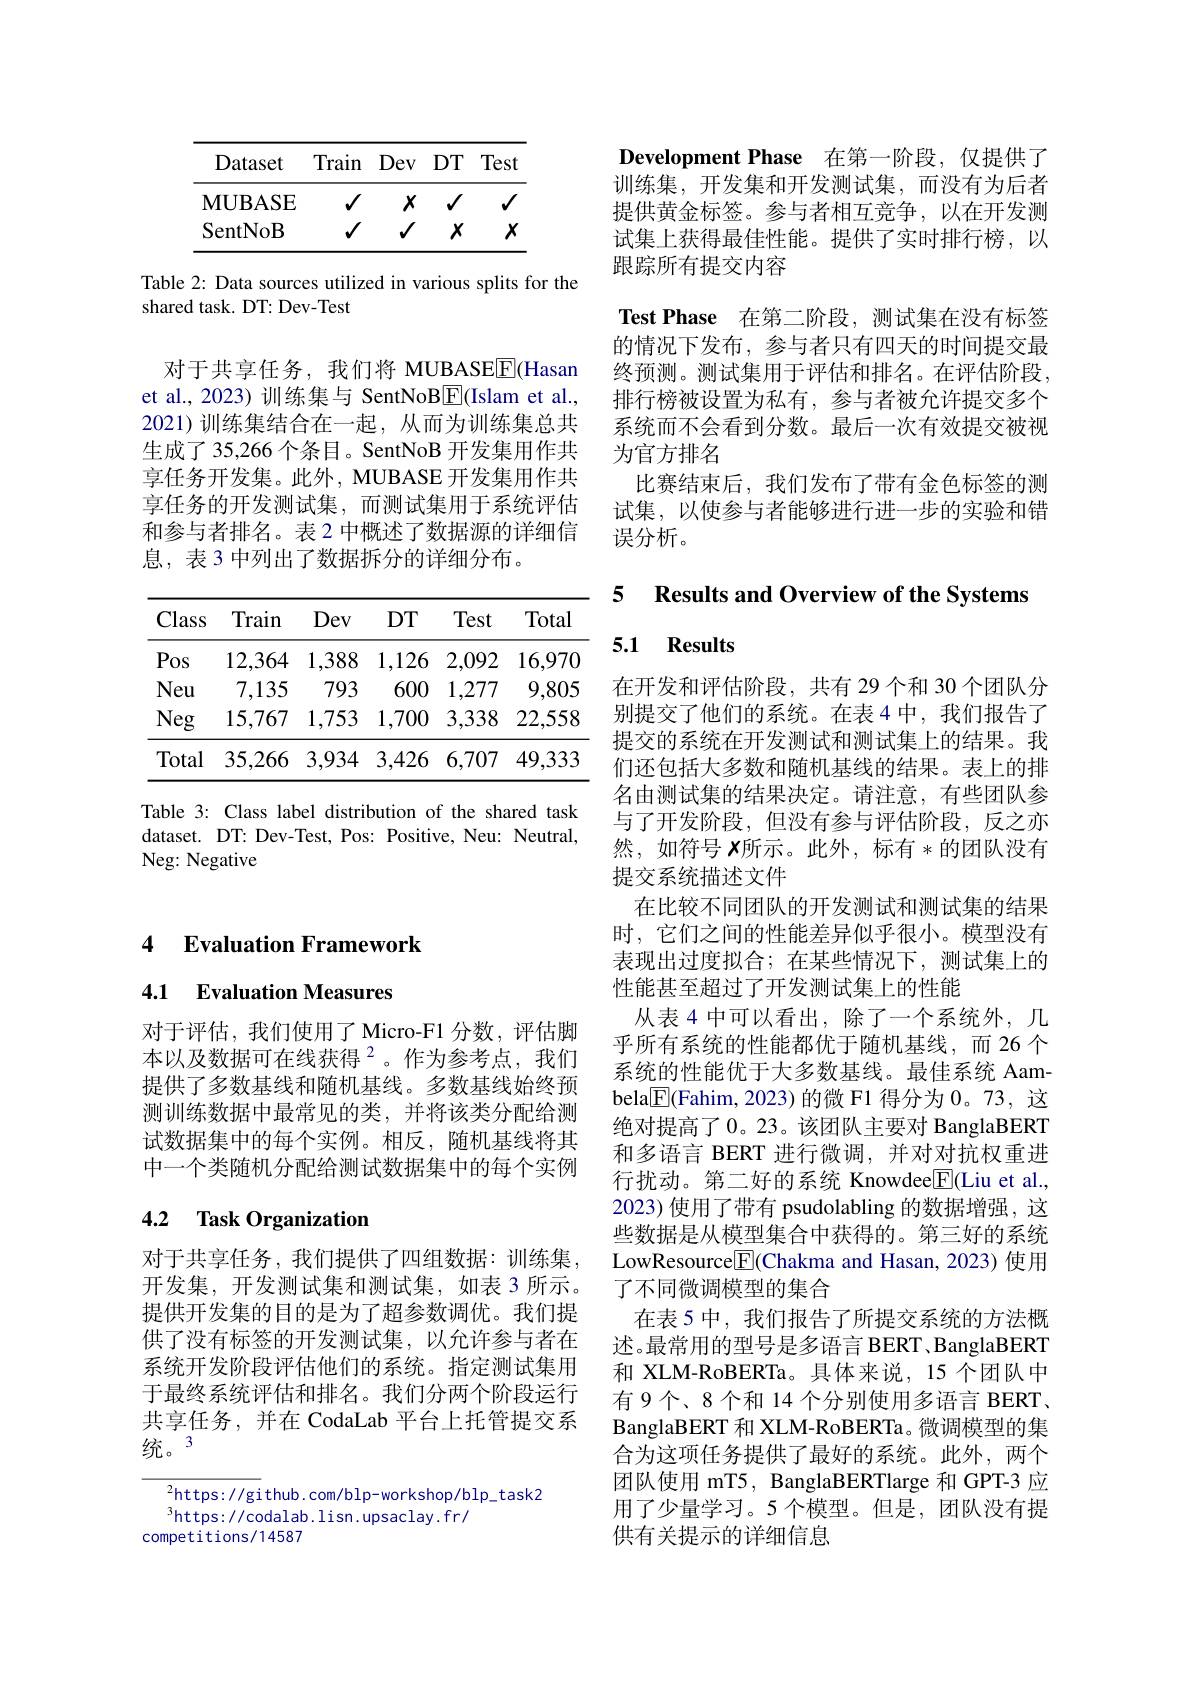
4 $\textbf{Evaluation Framework}$

4.1 Evaluation Measures

对于评估，我们使用了 Micro-F1 分数，评估脚本以及数据可在线获得$^{2}$。作为参考点，我们提供了多数基线和随机基线。多数基线始终预测训练数据中最常见的类，并将该类分配给测试数据集中的每个实例。相反，随机基线将其中一个类随机分配给测试数据集中的每个实例

## 4.2 Task Organization

对于共享任务，我们提供了四组数据：训练集， 开发集，开发测试集和测试集，如表 3 所示。提供开发集的目的是为了超参数调优。我们提供了没有标签的开发测试集，以允许参与者在系统开发阶段评估他们的系统。指定测试集用于最终系统评估和排名。我们分两个阶段运行共享任务，并在 CodaLab 平台上托管提交系统。3

$^{2}$https://gi thub. com/blp-workshop/blp\_task2
$^{3}$https://codalab.lisn.upsaclay.fr/
competitions/14587

<table>
	<tbody>
		<tr>
			<th>Dataset</th>
			<th>Train</th>
			<th>Dev</th>
			<th>DT</th>
			<th>Test</th>
		</tr>
		<tr>
			<td>$\mathbf{MUBASE}$</td>
			<td>$√$</td>
			<td>$X$</td>
			<td>1 1</td>
			<td>$\Psi$</td>
		</tr>
		<tr>
			<td>SentNoB</td>
			<td>$√$</td>
			<td>$\checkmark$</td>
			<td>$X$</td>
			<td>$X$</td>
		</tr>
	</tbody>
</table>

Table 2: Data sources utilized in various splits for the
shared task. DT: Dev-Test

对于共享任务，我们将 MUBASEE(Hasan et al., 2023) 训练集与 SentNoB$\boxed{\mathrm{F}}($Islam et al., 2021)训练集结合在一起，从而为训练集总共生成了 35,266 个条目。SentNoB 开发集用作共享任务开发集。此外，MUBASE 开发集用作共享任务的开发测试集，而测试集用于系统评估和参与者排名。表 2 中概述了数据源的详细信息，表 3 中列出了数据拆分的详细分布。

<table>
	<tbody>
		<tr>
			<th>Class</th>
			<th>Train</th>
			<th>Dev</th>
			<th>$DT$</th>
			<th>Test</th>
			<th>Total</th>
		</tr>
		<tr>
			<td>Pos</td>
			<td>12,364</td>
			<td>1,388</td>
			<td>1,126</td>
			<td>2,092</td>
			<td>16,970</td>
		</tr>
		<tr>
			<td>Neu</td>
			<td>7,135</td>
			<td>793</td>
			<td>600</td>
			<td>1,277</td>
			<td>9,805</td>
		</tr>
		<tr>
			<td>Neg</td>
			<td>15,767</td>
			<td>1,753</td>
			<td>1,700</td>
			<td>3,338</td>
			<td>22,558</td>
		</tr>
		<tr>
			<td>Total</td>
			<td>35,266</td>
			<td>3,934</td>
			<td>3,426</td>
			<td>6,707</td>
			<td>49,333</td>
		</tr>
	</tbody>
</table>

Table 3: Class label distribution of the shared task dataset. DT: Dev-Test, Pos: Positive, Neu: Neutral, Neg: Negative

Development Phase 在第一阶段，仅提供了训练集，开发集和开发测试集，而没有为后者提供黄金标签。参与者相互竞争，以在开发测试集上获得最佳性能。提供了实时排行榜，以跟踪所有提交内容
Test Phase 在第二阶段，测试集在没有标签的情况下发布，参与者只有四天的时间提交最终预测。测试集用于评估和排名。在评估阶段， 排行榜被设置为私有，参与者被允许提交多个系统而不会看到分数。最后一次有效提交被视为官方排名
比赛结束后，我们发布了带有金色标签的测试集，以使参与者能够进行进一步的实验和错误分析。

5 $\textbf{Results and Overview of the Systems}$

## 5.1 Results

在开发和评估阶段，共有 29个和 30 个团队分别提交了他们的系统。在表 4 中，我们报告了提交的系统在开发测试和测试集上的结果。我们还包括大多数和随机基线的结果。表上的排名由测试集的结果决定。请注意，有些团队参与了开发阶段，但没有参与评估阶段，反之亦然，如符号 $x$所示。此外，标有*的团队没有提交系统描述文件
在比较不同团队的开发测试和测试集的结果时，它们之间的性能差异似乎很小。模型没有表现出过度拟合；在某些情况下，测试集上的性能甚至超过了开发测试集上的性能
从表 4 中可以看出，除了一个系统外，几乎所有系统的性能都优于随机基线，而 26 个系统的性能优于大多数基线。最佳系统 Aambela$\boxed{\mathbb{F}}$(Fahim, 2023) 的微 F1 得分为0。73,这绝对提高了0。23。该团队主要对 BanglaBERT 和多语言 BERT 进行微调，并对对抗权重进行扰动。第二好的系统 Knowdee$\underline{\mathrm{E}}($Liu et al., 2023) 使用了带有 psudolabling 的数据增强，这些数据是从模型集合中获得的。第三好的系统LowResource$\boxed{\mathrm{F}}($Chakma and Hasan, 2023) 使用了不同微调模型的集合
在表 5 中，我们报告了所提交系统的方法概述。最常用的型号是多语言 BERT、BanglaBERT 和 XLM-RoBERTa。具体来说，15 个团队中有 9个、8 个和 14 个分别使用多语言 BERT、 BanglaBERT 和 XLM-RoBERTa。微调模型的集合为这项任务提供了最好的系统。此外，两个团队使用 mT5, BanglaBERTlarge 和 GPT-3 应用了少量学习。5 个模型。但是，团队没有提供有关提示的详细信息